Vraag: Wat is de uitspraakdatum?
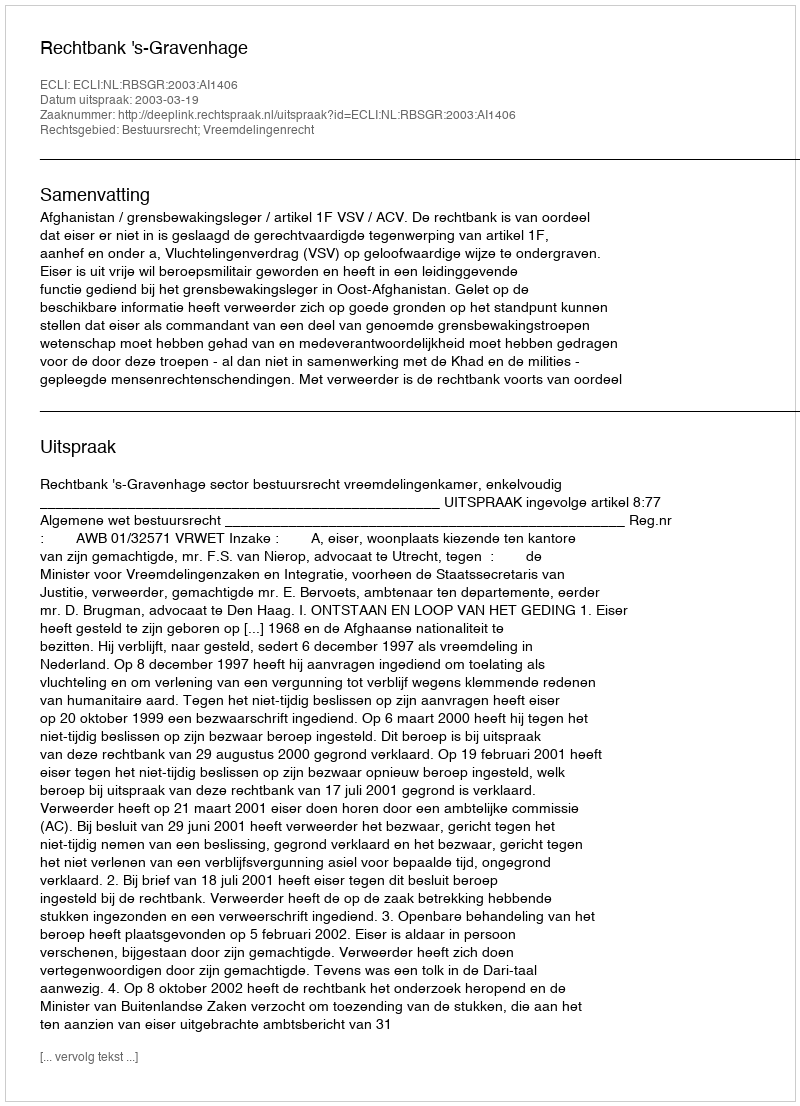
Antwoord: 2003-03-19